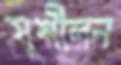
সুশীলন